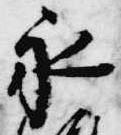
永